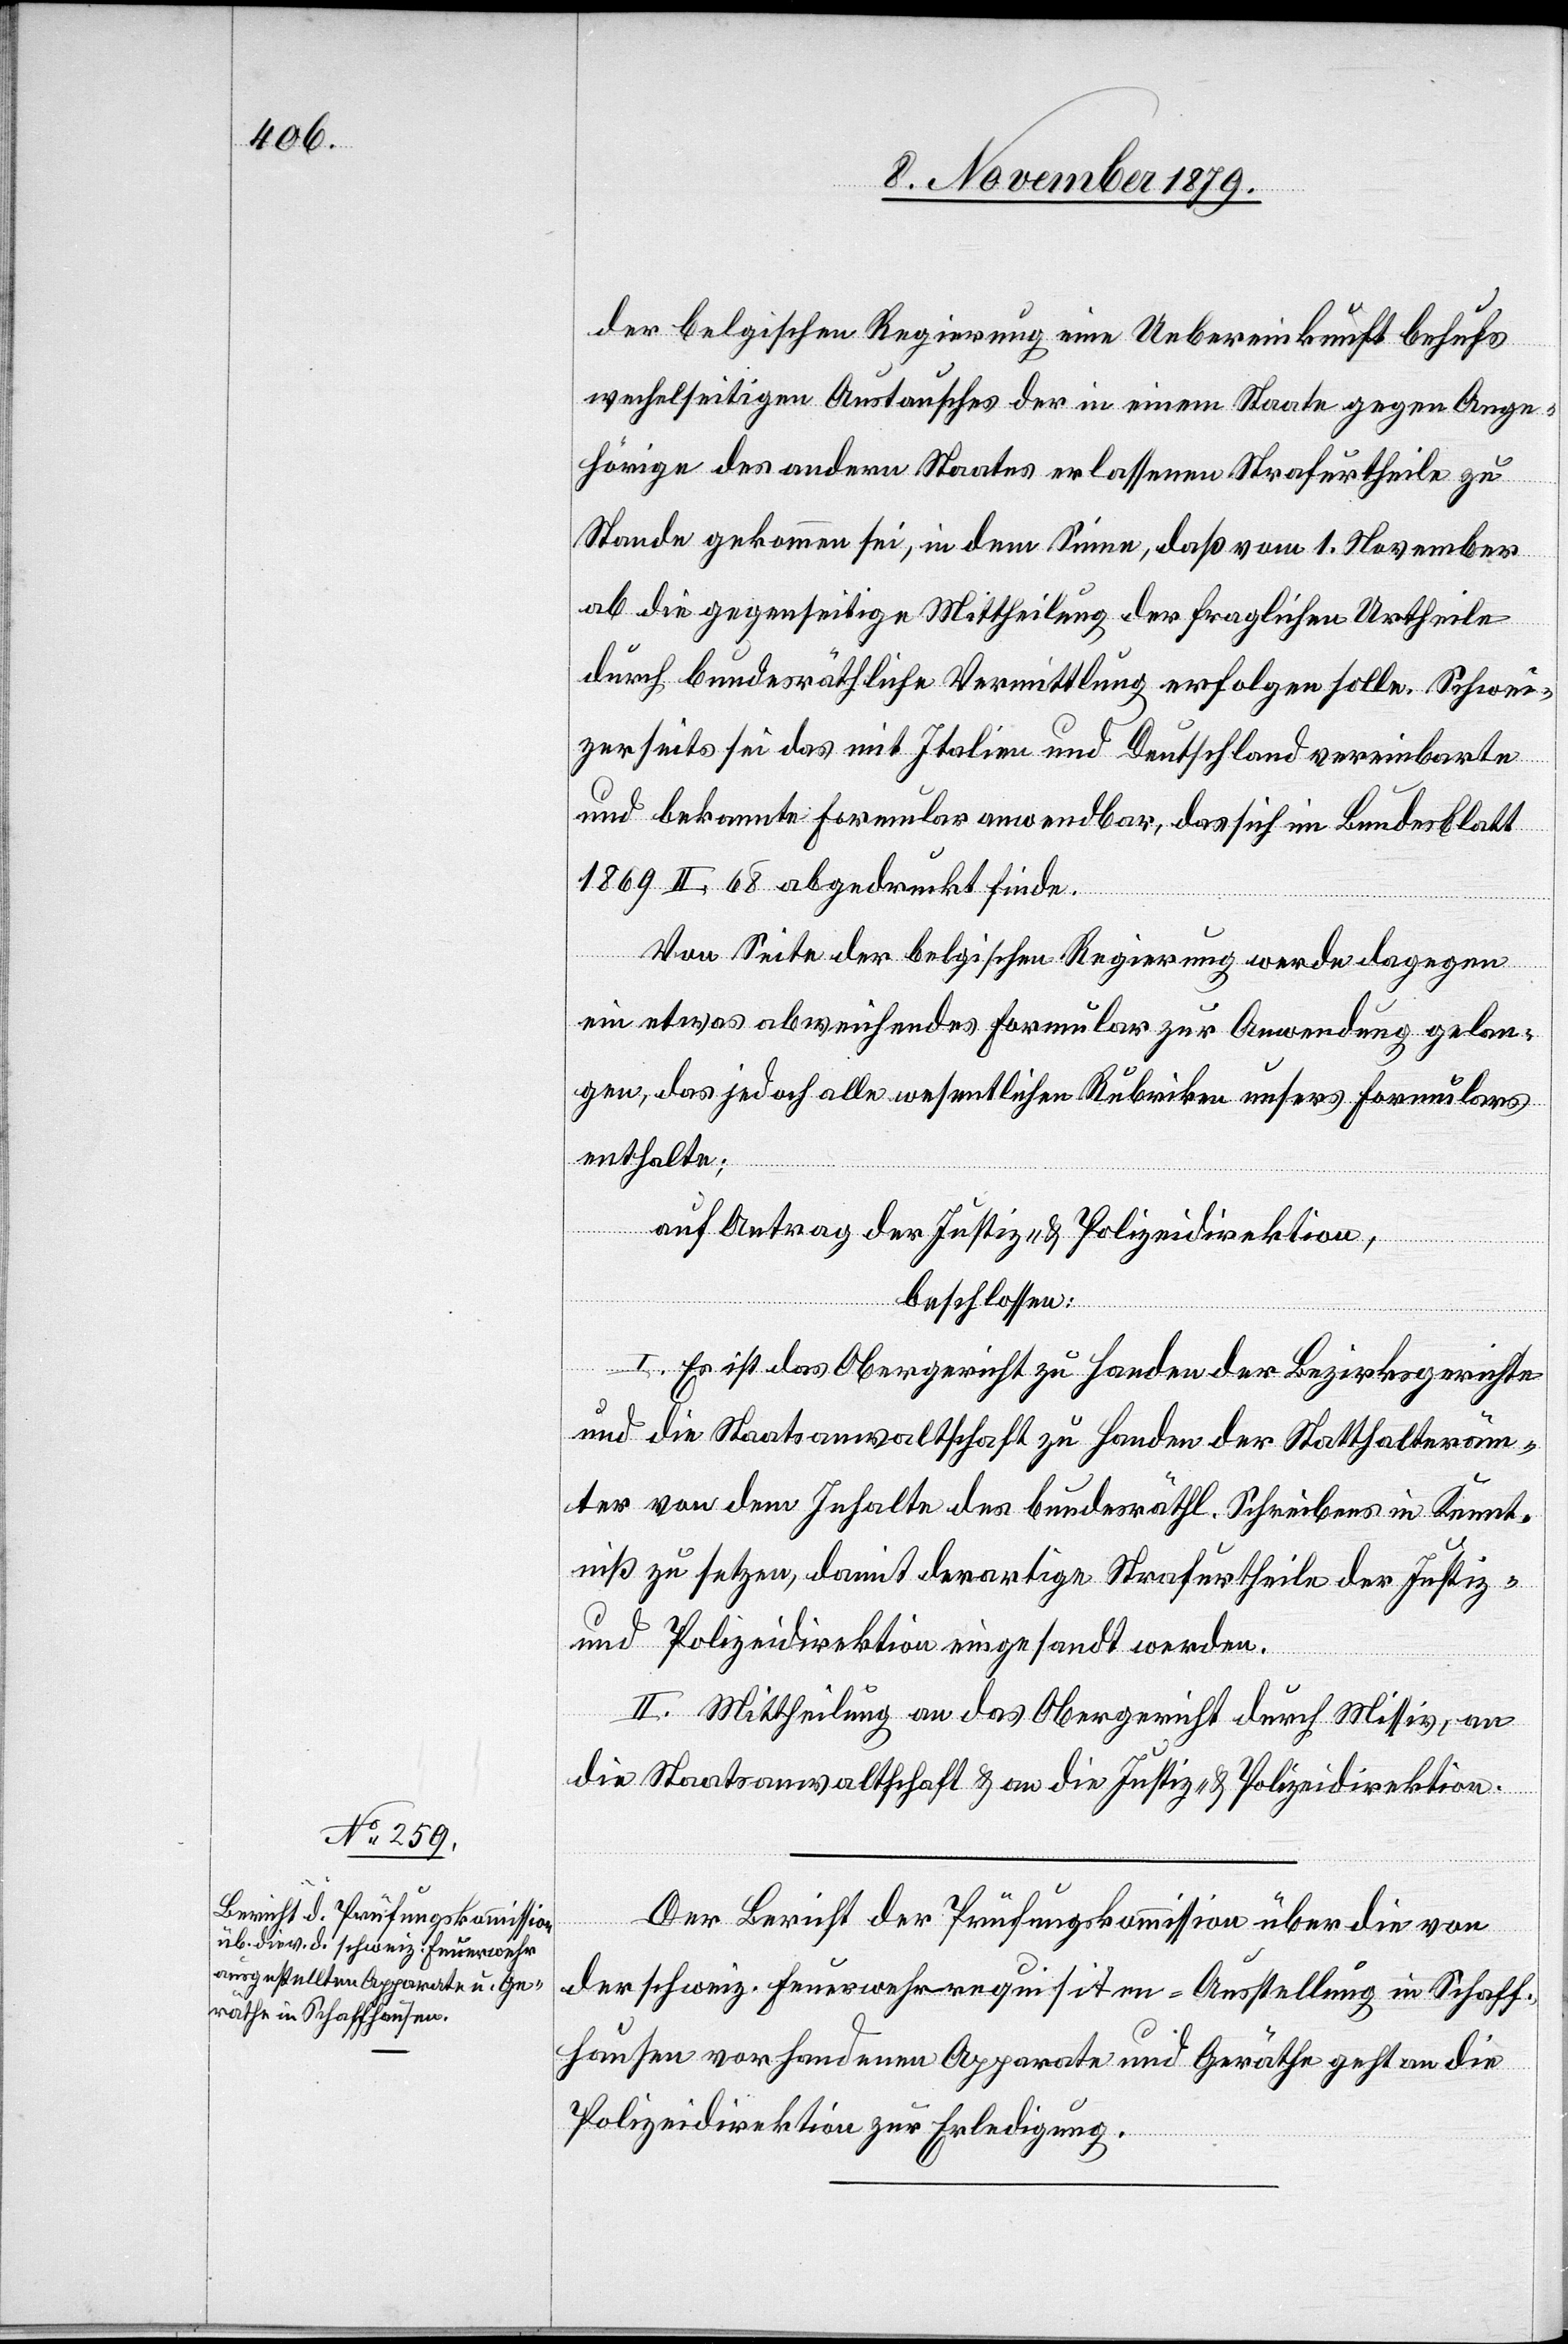
der belgischen Regierung eine Uebereinkunft behufs
wech[s]elseitigen Austausches der in einem Staate gegen Ange¬
hörige des andern Staates erlassenen Strafurtheile zu
Stande gekommen sei, in dem Sinne, daß vom 1. November
ab die gegenseitige Mittheilung der fraglichen Urtheile
durch bundesräthliche Vermittlung erfolgen solle. Schwei¬
zerseits sei das mit Italien und Deutschland vereinbarte
und bekannte Formular anwendbar, das sich im Bundesblatt
1869 II. 68 abgedruckt finde.
Von Seite der belgischen Regierung werde dagegen
ein etwas abweichendes Formular zur Anwendung gelan¬
gen, das jedoch alle wesentlichen Rubriken unsers Formulars
enthalte;
Auf Antrag der Justiz- & Polizeidirektion,
beschlossen:
I. Es ist das Obergericht zu Handen der Bezirksgerichte
und die Staatsanwaltschaft zu Handen der Statthalteräm¬
ter von dem Inhalte des bundesräthl. Schreibens in Kennt¬
niß zu setzen, damit derartige Strafurtheile der Justiz-
und Polizeidirektion eingesandt werden.
II. Mittheilung an das Obergericht durch Missiv, an
die Staatsanwaltschaft & an die Justiz- & Polizeidirektion.
Der Bericht der Prüfungskommission über die von
der schweiz. Feuerwehrrequisiten-Ausstellung in Schaff¬
hausen vorhandenen Apparate und Geräthe geht an die
Polizeidirektion zur Erledigung.